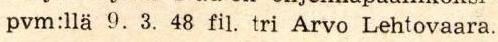
pvm:llä 9. 3. 48 fil. tri Arvo Lehtovaara.